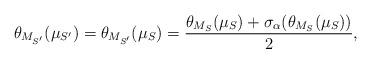
LaTeX: \begin{align*}\theta_{M_{S'}}(\mu_{S'}) = \theta_{M_{S'}}(\mu_{S})= \frac{\theta_{M_S}(\mu_S)+\sigma_{\alpha}( \theta_{M_S}(\mu_S))}{2},\end{align*}